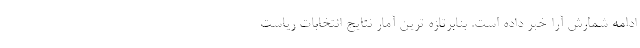
ادامه شمارش آرا خبر داده است. بنابرتازه ترین آمار نتایج انتخابات ریاست